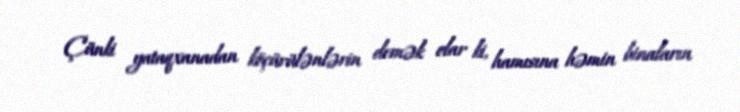
Çünki yataqxanadan köçürülənlərin demək olar ki, hamısına həmin binaların